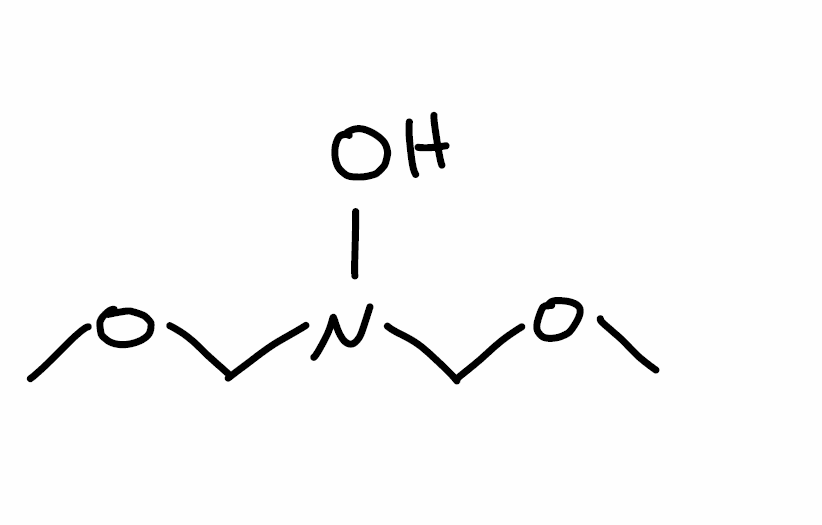
Simplified molecular-input line-entry system (SMILES) notation of the given molecule:
COCN(COC)O